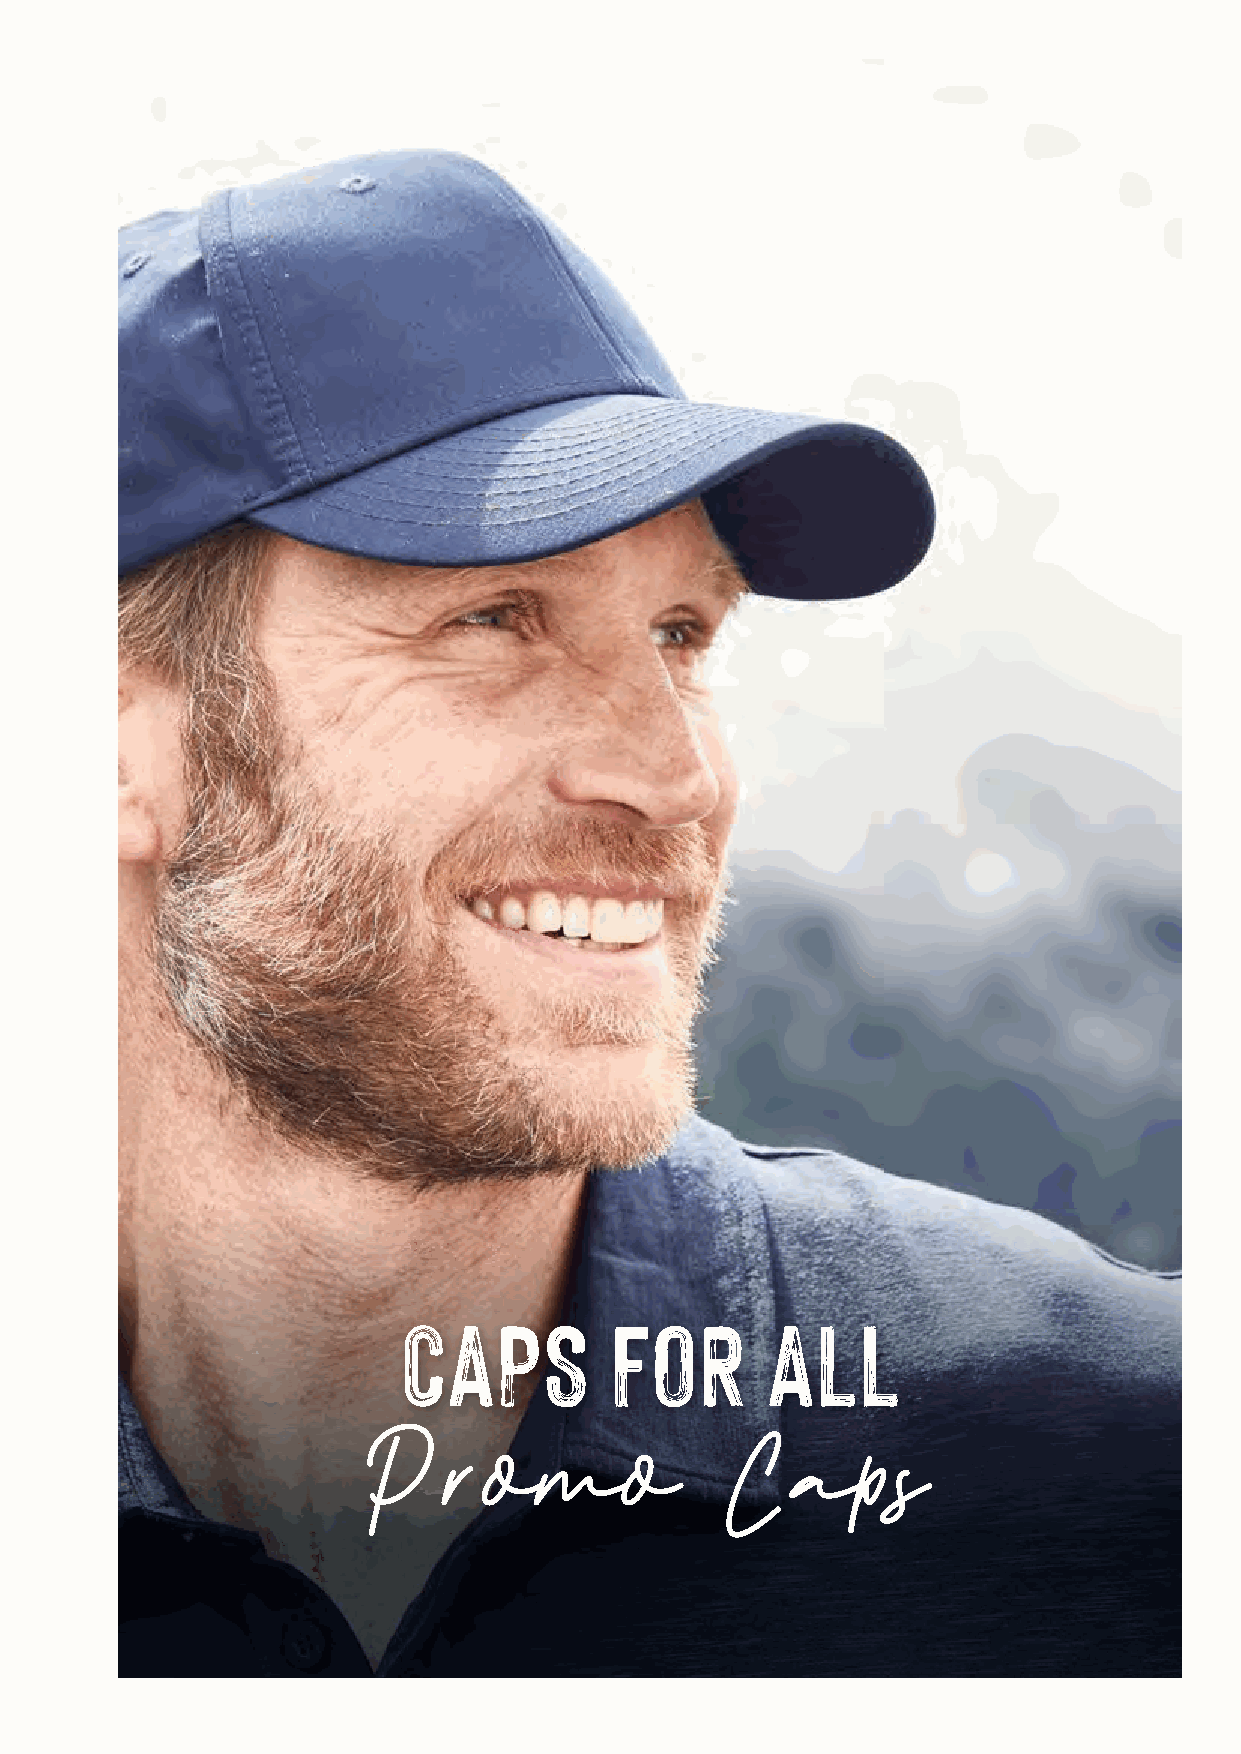
CAPS          FOR        ALL
 Promo                   Caps
 534